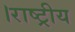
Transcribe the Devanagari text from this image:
।राष्ट्रीय